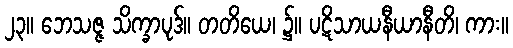
၂၃။ ဘေသဇ္ဇ သိက္ခာပုဒ်။ တတိယေ၊ ၌။ ပဋိသာယနီယာနီတိ၊ ကား။